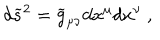
d { \widetilde s } ^ { 2 } = { \widetilde g } _ { \mu \nu } d x ^ { \mu } d x ^ { \nu } ~ ,